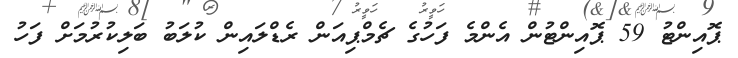
ޕޮއިންޓު 59 ޕޮއިންޓުން އެންމެ ފަހުގެ ޗެމްޕިއަން ރެޑްލައިން ކުލަބު ބަލިކުރުމަށް ފަހު